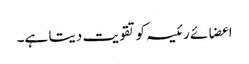
اعضائے رئیسہ کو تقویت دیتا ہے۔